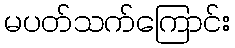
မပတ်သက်ကြောင်း